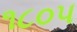
૧૮૦૫